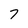
Character: 7